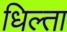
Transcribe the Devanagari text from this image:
धिल्ता